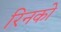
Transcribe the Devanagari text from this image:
रिनको